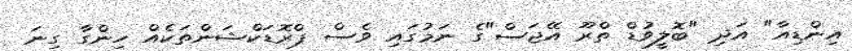
އިންޑިއާ" އަދި "ބޮލީވުޑް ތްރޫ އޭޖަސް"ގެ ނަމުގައި ވެސް ޕްރޮޑަކްޝަންތަކެއް ހިންގާ ގިނަ